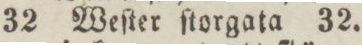
32 Weſter ſtorgata 32.